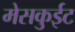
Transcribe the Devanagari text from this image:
मेसकुईट